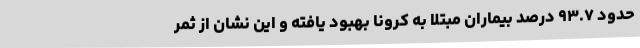
حدود ۹۳.۷ درصد بیماران مبتلا به کرونا بهبود یافته و این نشان از ثمر